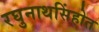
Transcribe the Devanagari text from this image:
रघुनाथसिंहोत